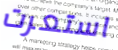
استعرت